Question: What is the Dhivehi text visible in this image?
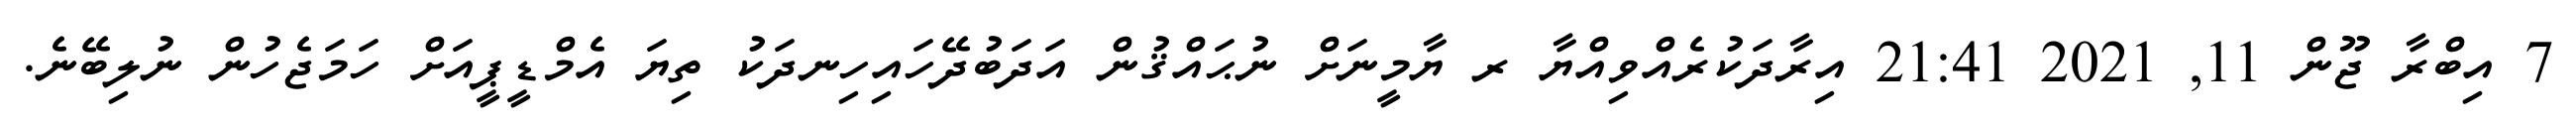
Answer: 7 އިބްރާ ޖޫން 11, 2021 21:41 އިރާދަކުރެއްވިއްޔާ ރ ޔާމީނަށް ނުޙައްޤުން އަދަބުދޭހައިހިނދަކު ތިޔަ އެމްޑީޕީއަށް ހަމަޖެހުން ނުލިބޭނެ.